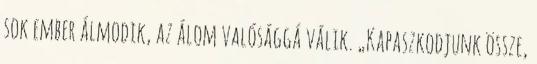
sok ember álmodik, az álom valósággá válik. „Kapaszkodjunk össze,